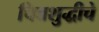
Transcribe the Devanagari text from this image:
चित्तशुद्धीचे